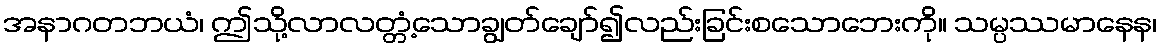
အနာဂတဘယံ၊ ဤသို့လာလတ္တံ့သောချွတ်ချော်၍လည်းခြင်းစသောဘေးကို။ သမ္ပဿမာနေန၊